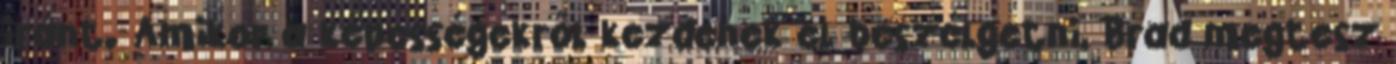
iránt. Amikor a képességekről kezdenek el beszélgetni, Brad megtesz